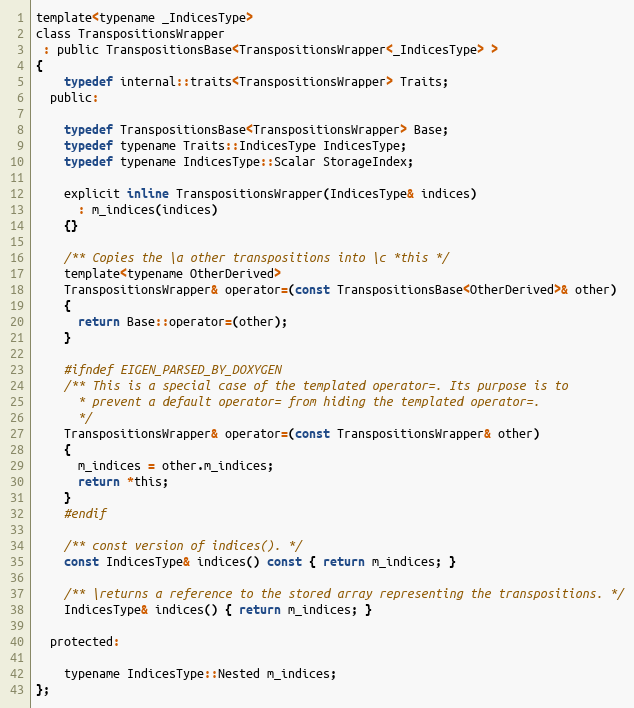
Language: C
template<typename _IndicesType>
class TranspositionsWrapper
 : public TranspositionsBase<TranspositionsWrapper<_IndicesType> >
{
    typedef internal::traits<TranspositionsWrapper> Traits;
  public:

    typedef TranspositionsBase<TranspositionsWrapper> Base;
    typedef typename Traits::IndicesType IndicesType;
    typedef typename IndicesType::Scalar StorageIndex;

    explicit inline TranspositionsWrapper(IndicesType& indices)
      : m_indices(indices)
    {}

    /** Copies the \a other transpositions into \c *this */
    template<typename OtherDerived>
    TranspositionsWrapper& operator=(const TranspositionsBase<OtherDerived>& other)
    {
      return Base::operator=(other);
    }

    #ifndef EIGEN_PARSED_BY_DOXYGEN
    /** This is a special case of the templated operator=. Its purpose is to
      * prevent a default operator= from hiding the templated operator=.
      */
    TranspositionsWrapper& operator=(const TranspositionsWrapper& other)
    {
      m_indices = other.m_indices;
      return *this;
    }
    #endif

    /** const version of indices(). */
    const IndicesType& indices() const { return m_indices; }

    /** \returns a reference to the stored array representing the transpositions. */
    IndicesType& indices() { return m_indices; }

  protected:

    typename IndicesType::Nested m_indices;
};